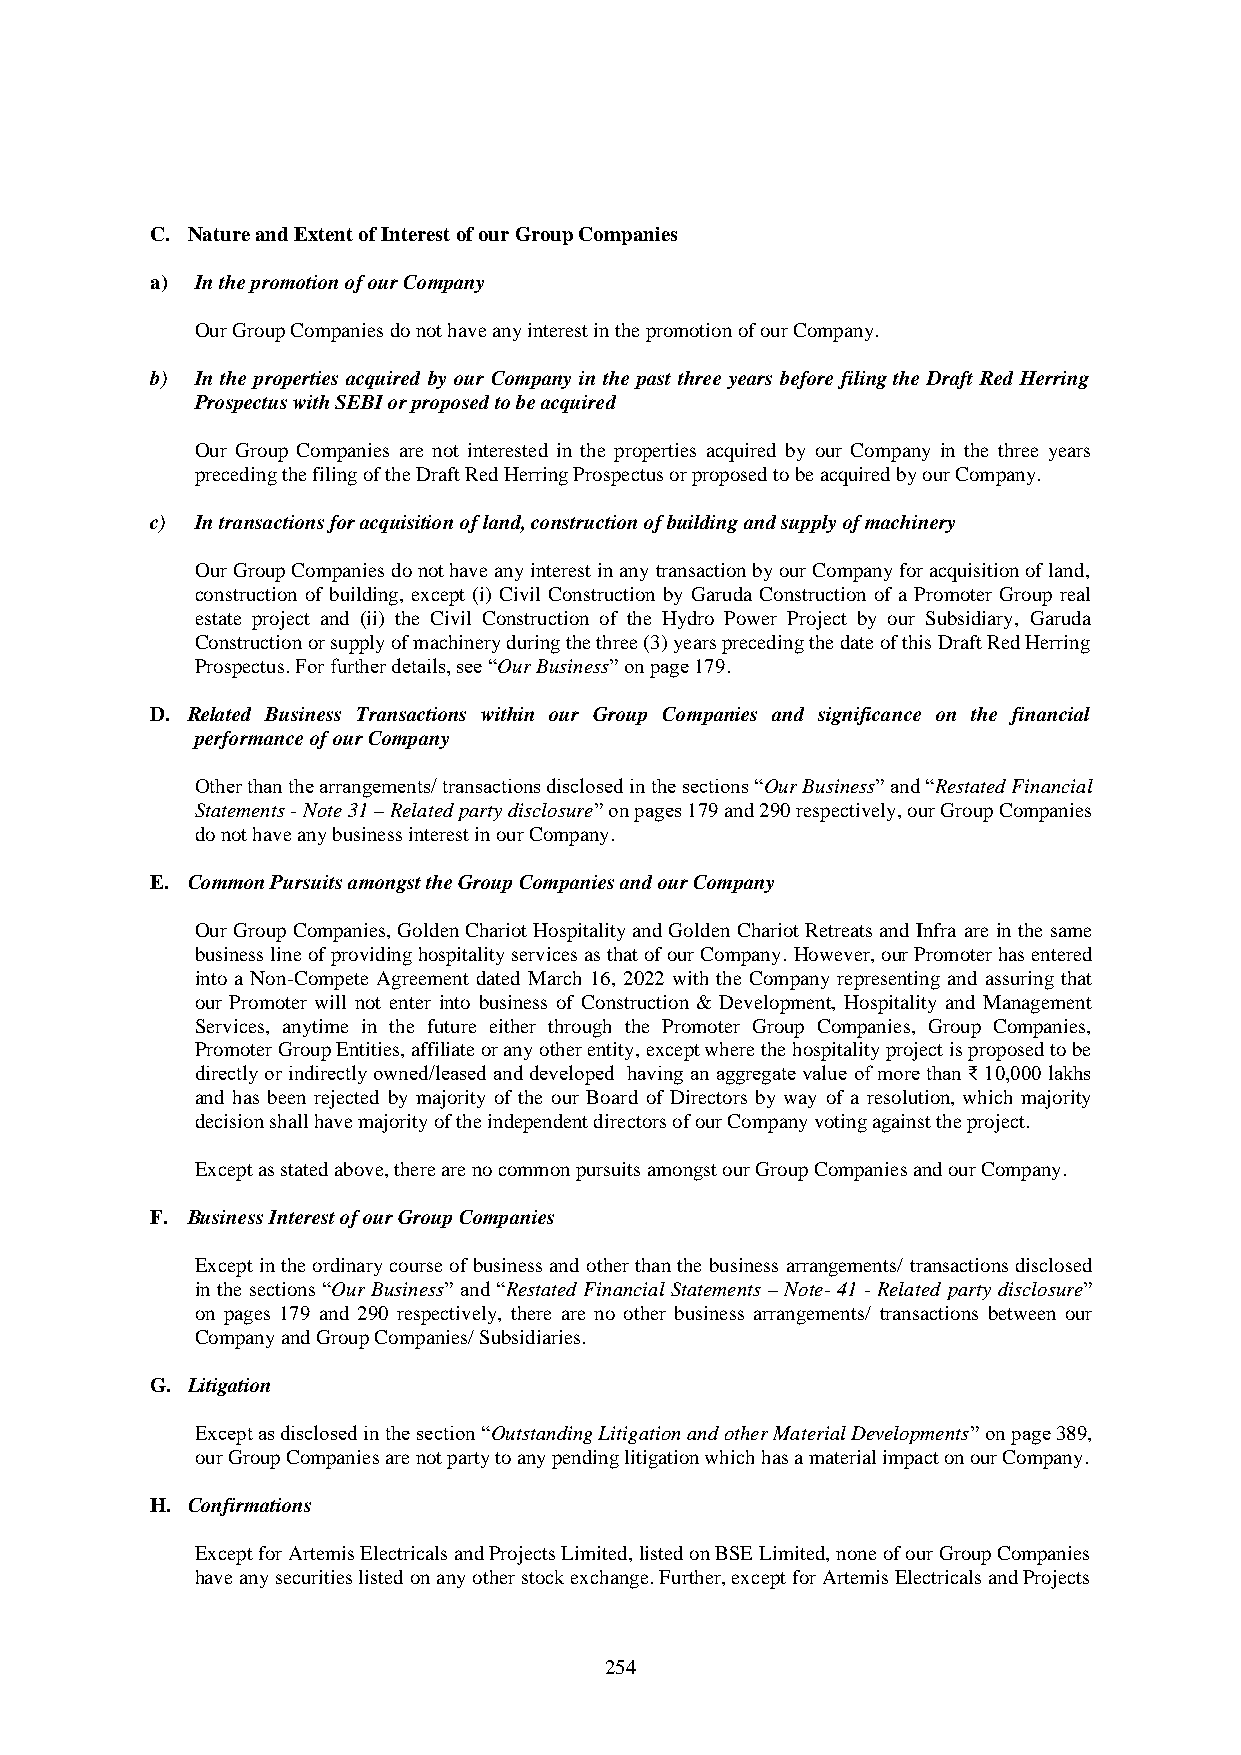
C. Nature and Extent of Interest of our Group Companies
 a) In the promotion of our Company
 Our Group Companies do not have any interest in the promotion of our Company.
 b) In the properties acquired by our Company in the past three years before filing the Draft Red Herring
 Prospectus with SEBI or proposed to be acquired
 Our Group Companies are not interested in the properties acquired by our Company in the three years
 preceding the filing of the Draft Red Herring Prospectus or proposed to be acquired by our Company.
 c) In transactions for acquisition of land, construction of building and supply of machinery
 Our Group Companies do not have any interest in any transaction by our Company for acquisition of land,
 construction of building, except (i) Civil Construction by Garuda Construction of a Promoter Group real
 estate project and (ii) the Civil Construction of the Hydro Power Project by our Subsidiary, Garuda
 Construction or supply of machinery during the three (3) years preceding the date of this Draft Red Herring
 Prospectus. For further details, see “Our Business” on page 179.
 D. Related Business Transactions within our Group Companies and significance on the financial
 performance of our Company
 Other than the arrangements/ transactions disclosed in the sections “Our Business” and “Restated Financial
 Statements - Note 31 – Related party disclosure” on pages 179 and 290 respectively, our Group Companies
 do not have any business interest in our Company.
 E. Common Pursuits amongst the Group Companies and our Company
 Our Group Companies, Golden Chariot Hospitality and Golden Chariot Retreats and Infra are in the same
 business line of providing hospitality services as that of our Company. However, our Promoter has entered
 into a Non-Compete Agreement dated March 16, 2022 with the Company representing and assuring that
 our Promoter will not enter into business of Construction & Development, Hospitality and Management
 Services, anytime in the future either through the Promoter Group Companies, Group Companies,
 Promoter Group Entities, affiliate or any other entity, except where the hospitality project is proposed to be
 directly or indirectly owned/leased and developed having an aggregate value of more than ₹ 10,000 lakhs
 and has been rejected by majority of the our Board of Directors by way of a resolution, which majority
 decision shall have majority of the independent directors of our Company voting against the project.
 Except as stated above, there are no common pursuits amongst our Group Companies and our Company.
 F. Business Interest of our Group Companies
 Except in the ordinary course of business and other than the business arrangements/ transactions disclosed
 in the sections “Our Business” and “Restated Financial Statements – Note- 41 - Related party disclosure”
 on pages 179 and 290 respectively, there are no other business arrangements/ transactions between our
 Company and Group Companies/ Subsidiaries.
 G. Litigation
 Except as disclosed in the section “Outstanding Litigation and other Material Developments” on page 389,
 our Group Companies are not party to any pending litigation which has a material impact on our Company.
 H. Confirmations
 Except for Artemis Electricals and Projects Limited, listed on BSE Limited, none of our Group Companies
 have any securities listed on any other stock exchange. Further, except for Artemis Electricals and Projects
 254